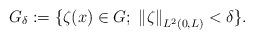
LaTeX: \begin{align*}G_{\delta}:=\{\zeta(x)\in G;\; \left\Vert\zeta\right\Vert_{L^2(0,L)}< \delta\}.\end{align*}